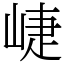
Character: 崨